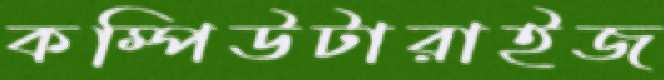
কম্পিউটারাইজ